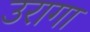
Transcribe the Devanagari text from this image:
उरागा